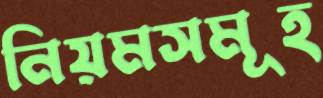
নিয়মসমূহ